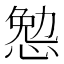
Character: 𰑷